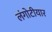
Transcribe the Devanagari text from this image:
लंगोटीयार